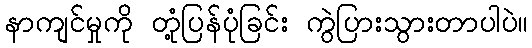
နာကျင်မှုကို တုံ့ပြန်ပုံခြင်း ကွဲပြားသွားတာပါပဲ။